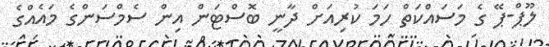
ލޫޕް-ޕޭ ގެ މަސައްކަތް ހަމަ ކުރިއަށް ދާނީ ބޮސްޓަން އިން ސެމްސަންގެ މައެއްގެ